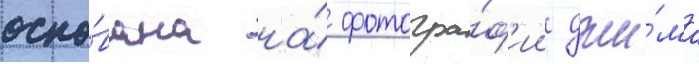
осно́вана на́ фотогра́ф'ии джи́ма